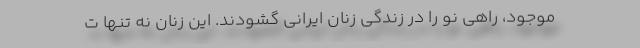
موجود، راهی نو را در زندگی زنان ایرانی گشودند. این زنان نه تنها ت